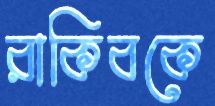
রাকিবকে